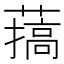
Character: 𦼸